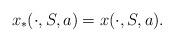
LaTeX: \begin{align*}x_*(\cdot,S,a) = x(\cdot,S,a).\end{align*}